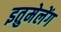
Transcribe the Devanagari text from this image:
इतुमेलेंग